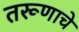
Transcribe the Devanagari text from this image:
तरूणाचे